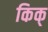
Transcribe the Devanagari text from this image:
किक्